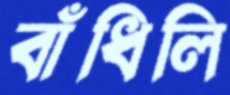
বাঁধিলি